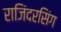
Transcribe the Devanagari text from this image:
राजिंदरसिंग